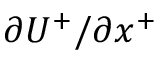
{ { \partial } U ^ { + } } / { { \partial } x ^ { + } }